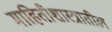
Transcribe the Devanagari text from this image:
माहितीशास्त्रातील